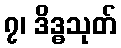
၇၊ ဒိဒ္ဓသုတ်